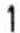
1